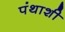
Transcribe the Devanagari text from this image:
पंथाशी